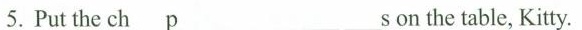
5.Put the ch p s on the table, Kitty.